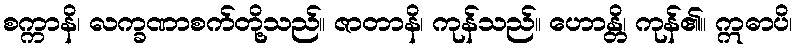
စက္ကာနိ၊ လက္ခဏာစက်တို့သည်။ ဇာတာနိ၊ ကုန်သည်။ ဟောန္တိ၊ ကုန်၏။ ဣဓာပိ၊